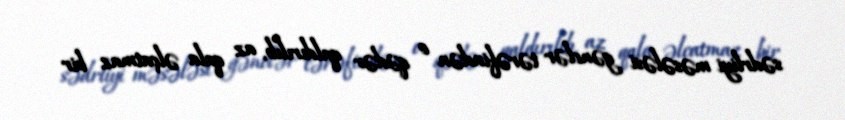
sədrliyi məsələsi gənclər tərəfindən o qədər qaldırılıb, az qala əlçatmaz bir